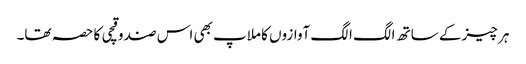
ہر چیز کے ساتھ الگ الگ آوازوں کا ملاپ بھی اس صندوقچی کا حصہ تھا۔